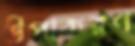
উপাকরণ